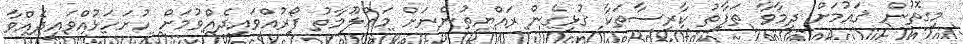
މިގޮތުން ޤައުމަށް ދިމާވާ ތަފާތު ކާރިސާތަކާ ގުޅިގެން ރައްޔިތުންނަށް މަޢްލޫމާތު ފޯރުއްވައިދެއްވުމަށް ހުށަހަޅުއްވައިދެއްވާ